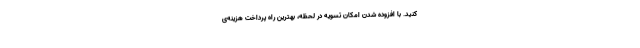
کنید. با افزوده شدن امکان تسویه در لحظه، بهترین راه پرداخت هزینه‌ی